system: You are a helpful assistant.
user:
Analyze the provided spectrum to determine if it is a **M-type Giant (gM)**.

A M-type Giant spectrum is defined by its **strong molecular absorption** features, particularly from **Titanium Oxide (TiO)**. You must check for one of the following mutually exclusive signatures:

- **Key Visual Indicators (Absorption-Dominated Spectrum):**

    - **(Primary):** The spectrum is dominated by strong molecular absorption from **Titanium Oxide (TiO)**. This is the **defining feature** of its M-type temperature class.
        - **(Key Bandheads):** Look for sharp, "saw-tooth" absorption valleys. The strongest are located near **~7050 Å**, **~6160 Å**, and **~5170 Å**.
        - **(Line Profile):** The "saw-tooth" morphology is critical: a **sharp, steep drop on the BLUE (short-wavelength) side** of the bandhead, followed by a gradual recovery (rising flux) towards the RED (long-wavelength) side.

    - **(Key Confirmation - Giant vs. Dwarf):** **ABSENCE** of strong **Calcium Hydride (CaH)** molecular bands. This is the primary diagnostic for *excluding* M-dwarfs.
        - **(Key Region):** The spectrum should lack the strong, broad absorption band seen in dwarfs between **~6800 Å and ~7000 Å**.

    - **(Secondary Confirmation - Giant):** A very strong and broad **Neutral Calcium (Ca I)** atomic absorption line.
        - **(Key Line):** Located at **~4226 Å**. In a giant (gM), this line is significantly deeper and broader than the same line in an M-dwarf (dM) due to low surface gravity.

    - **(Overall Spectrum):**
        - The continuum is **extremely red-sloping** (i.e., flux is very low in the blue and rises dramatically towards the red).
        - The entire spectrum appears "chopped up" by the deep TiO bands.

Think first, call **spectral_visualization_tool** if needed to examine features in detail, then provide your final answer. Your response must adhere to the following strict rules:
1.  **Overall Structure:** Your response must follow the format `<think>...</think> <tool_call>...</tool_call> (if a tool is used) <answer>...</answer>`.
2.  **Tool Usage Constraint:** You may only make **one** tool call per turn.
3.  **Final Answer Format:** In the `<answer>` tag, your conclusion must be inside a `\boxed{}` command (e.g., `\boxed{YES}` or `\boxed{NO}`), followed by your justification.

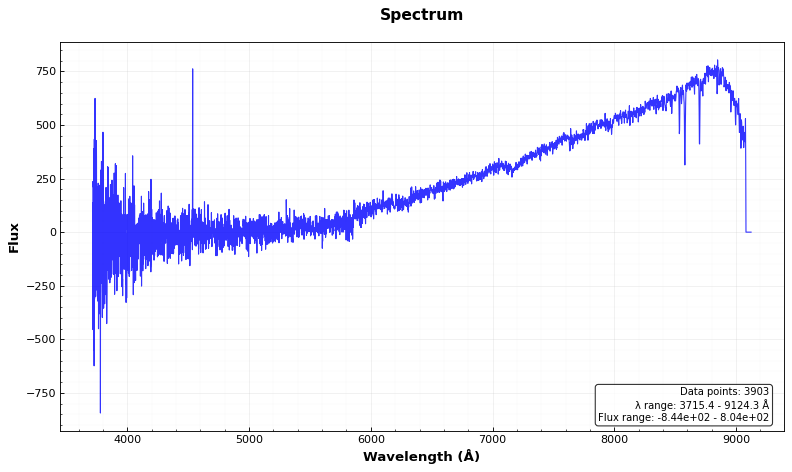
Answer: YES